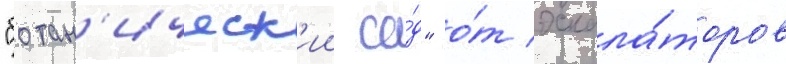
"ботан'ическ'ии са́д" о́т эскала́торов